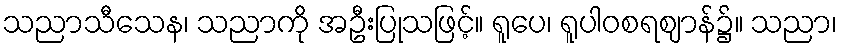
သညာသီသေန၊ သညာကို အဦးပြုသဖြင့်။ ရူပေ၊ ရူပါဝစရဈာန်၌။ သညာ၊